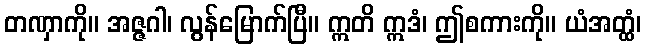
တဏှာကို။ အဇ္ဇဂါ၊ လွန်မြောက်ပြီ။ ဣတိ ဣဒံ၊ ဤစကားကို။ ယံအတ္ထံ၊